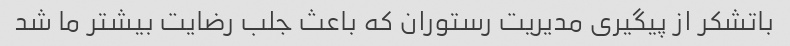
باتشکر از پیگیرى مدیریت رستوران که باعث جلب رضایت بیشتر ما شد